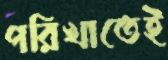
পরিখাতেই